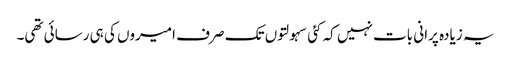
یہ زیادہ پرانی بات نہیں کہ کئی سہولتوں تک صرف امیروں کی ہی رسائی تھی۔